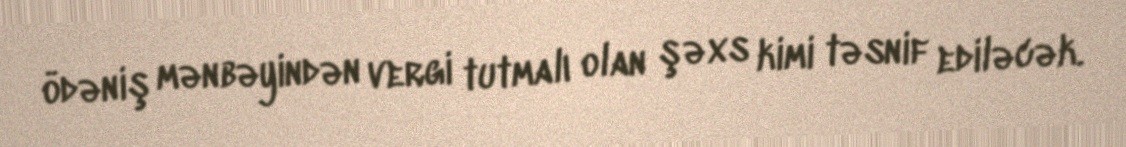
ödəniş mənbəyindən vergi tutmalı olan şəxs kimi təsnif ediləcək.